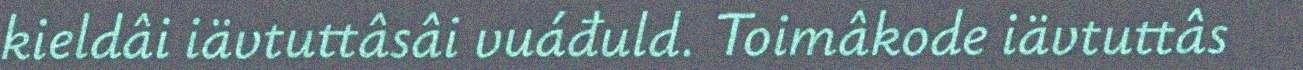
kieldâi iävtuttâsâi vuáđuld. Toimâkode iävtuttâs